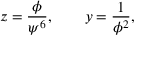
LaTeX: z = \frac { \phi } { \psi ^ { 6 } } , \quad \quad y = \frac 1 { \phi ^ { 2 } } ,